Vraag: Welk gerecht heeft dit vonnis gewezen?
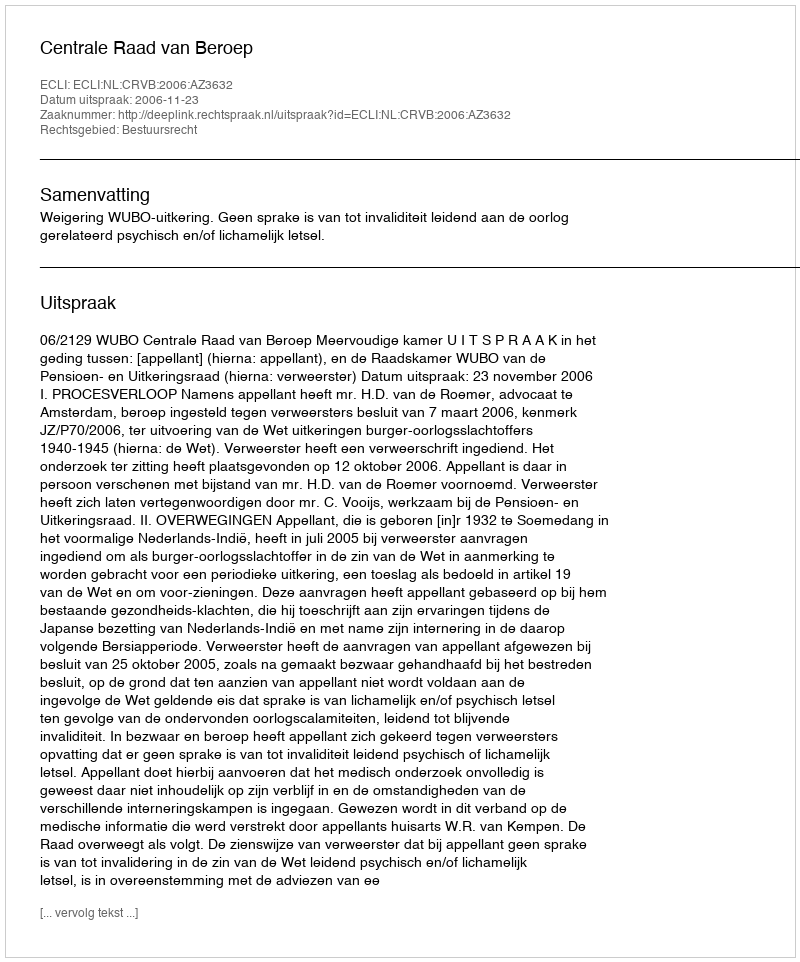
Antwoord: Centrale Raad van Beroep